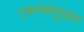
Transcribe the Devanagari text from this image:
एक्स्क्लूज़न